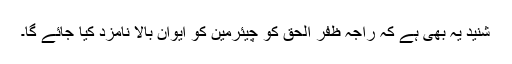
شنید یہ بھی ہے کہ راجہ ظفر الحق کو چیئرمین کو ایوان بالا نامزد کیا جائے گا۔